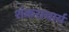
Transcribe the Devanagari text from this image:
शंकराचार्य